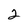
Character: 2